system: You are a helpful assistant.
user:
Analyze the provided spectrum to determine if it is a **White Dwarf (WD)**.

A White Dwarf spectrum is defined by its **extreme purity** (due to gravitational settling) and/or **extreme pressure broadening** (due to high surface gravity). You must check for one of the following mutually exclusive signatures:

- **Key Visual Indicators (Check for ONE of these types):**

    - **1. DA-Type Signature (Most Common):**
        - **(Primary Feature):** Extreme pressure broadening (Stark broadening) of the **Hydrogen (H) Balmer lines**.
        - **(Key Lines):** $H\beta$ (approx. $4861$ Å) and $H\gamma$ (approx. $4340$ Å). $H\alpha$ (approx. $6563$ Å) will also be present if the wavelength range covers it.
        - **(Line Profile):** This is the **defining feature**. The lines are **NOT** sharp. They appear as massive, **extremely broad and deep "troughs" or "dips"** in the spectrum, often hundreds of Ångströms wide. The continuum will appear to "scoop" down at these wavelengths.
        - **(Distinction):** Normal A-type or B-type stars have *narrow* and *sharp* Hydrogen lines. A DA White Dwarf's lines are unmistakably "smeared" or "blurry" from pressure.

    - **2. DB-Type Signature:**
        - **(Primary Feature):** Broad absorption lines from **Neutral Helium (He I)**. The spectrum must lack any visible Hydrogen lines.
        - **(Key Lines):** Look for broad absorption near $4471$ Å, $4921$ Å, and $5876$ Å.
        - **(Line Profile):** These lines are also significantly pressure-broadened, appearing much wider than they would in a normal B-type main-sequence star.

    - **3. DC-Type Signature:**
        - **(Primary Feature):** A **featureless continuous spectrum**.
        - **(Line Profile):** The spectrum is a smooth curve with **no significant absorption or emission lines**.
        - **(Key Confirmation):** The continuum is almost always **blue or white**, indicating a hot object. This signature implies the atmosphere is so pure (or so cool) that no spectral lines are visible in the optical range. Its WD identity is confirmed by its extremely low intrinsic brightness (high absolute magnitude).

    - **4. DZ-Type Signature (Metal-Polluted):**
        - **(Primary Feature):** **Isolated, narrow metal absorption lines** on an otherwise featureless (DC-like) continuum.
        - **(Key Lines):** The **Calcium (Ca II) H & K doublet** (approx. **$3934$ Å** and **$3968$ Å**) is the most common and defining feature.
        - **(Line Profile):** These lines are "out of place." They are *not* part of a "forest" of thousands of lines. This signature is evidence of recent *accretion* (pollution) from rocky debris.
        - **(Distinction):** Normal G/K/M stars have a *dense forest* of thousands of metal lines. A DZ has a *clean* continuum with *only a few* strong metal lines.

    - **5. DQ-Type Signature (Carbon-Polluted):**
        - **(Primary Feature):** Absorption bands from **Carbon (C₂ "Swan Bands" or atomic C I)**.
        - **(Key Lines - C₂):** Look for bandheads with a "saw-tooth" shape near $5635$ Å, **$5165$ Å** (strongest), and $4737$ Å.
        - **(Key Confirmation):** The underlying **continuum must be blue or white** (hot).
        - **(Distinction):** This is the critical difference from a **Carbon Star**, which has the *exact same* C₂ bands but on an extremely **red, cool** continuum.

- **(Overall Spectrum):**
    - The continuum (overall shape) is typically **blue-sloping** (brighter in the blue than the red), as most white dwarfs are very hot.
    - The spectrum will look "pure" or "simple," dominated by only *one* of the five signatures listed above.

Think first, call **spectral_visualization_tool** if needed to examine features in detail, then provide your final answer. Your response must adhere to the following strict rules:
1.  **Overall Structure:** Your response must follow the format `<think>...</think> <tool_call>...</tool_call> (if a tool is used) <answer>...</answer>`.
2.  **Tool Usage Constraint:** You may only make **one** tool call per turn.
3.  **Final Answer Format:** In the `<answer>` tag, your conclusion must be inside a `\boxed{}` command (e.g., `\boxed{YES}` or `\boxed{NO}`), followed by your justification.

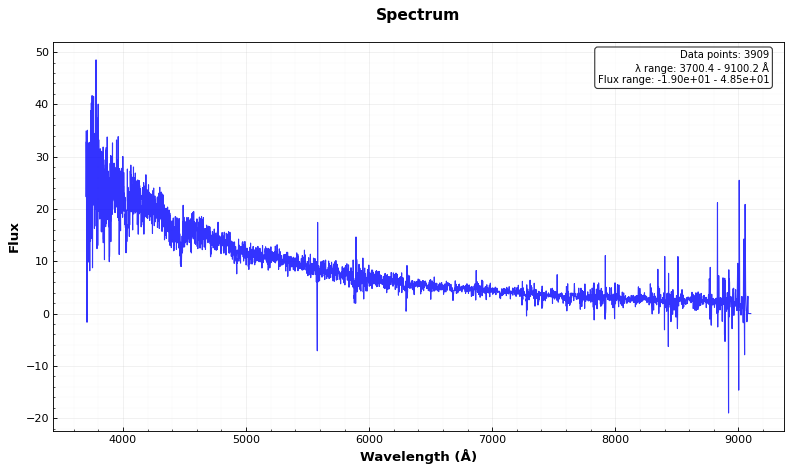
Answer: YES